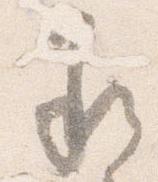
承